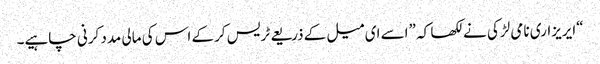
“ایریزاری نامی لڑکی نے لکھا کہ ”اسے ای میل کے ذریعے ٹریس کرکے اس کی مالی مدد کرنی چاہیے۔